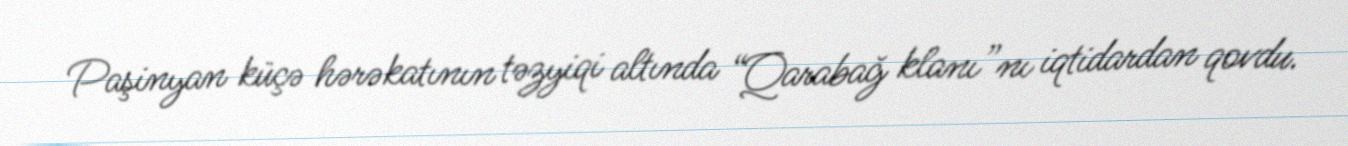
Paşinyan küçə hərəkatının təzyiqi altında “Qarabağ klanı”nı iqtidardan qovdu.